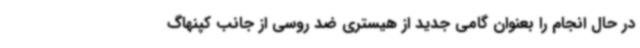
در حال انجام را بعنوان گامی جدید از هیستری ضد روسی از جانب کپنهاگ